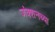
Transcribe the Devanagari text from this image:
जंक्शनच्या